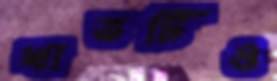
খাতটিও